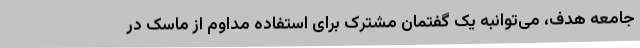
جامعه هدف، می‌توانبه یک گفتمان مشترک برای استفاده مداوم از ماسک در